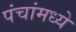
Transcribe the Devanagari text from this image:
पंचांमध्ये